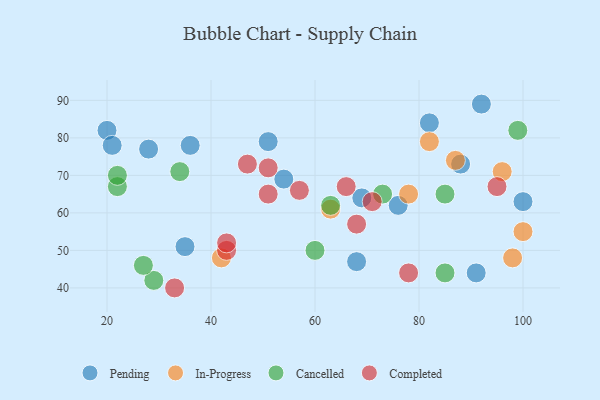
{"axis": {"x": "GDP", "y": "Life Expectancy"}, "legend": ["Cancelled", "Completed", "In-Progress", "Pending"], "data": [{"x": "54", "y": 69, "type": "Pending"}, {"x": "51", "y": 79, "type": "Pending"}, {"x": "36", "y": 78, "type": "Pending"}, {"x": "76", "y": 62, "type": "Pending"}, {"x": "35", "y": 51, "type": "Pending"}, {"x": "91", "y": 44, "type": "Pending"}, {"x": "88", "y": 73, "type": "Pending"}, {"x": "82", "y": 84, "type": "Pending"}, {"x": "69", "y": 64, "type": "Pending"}, {"x": "20", "y": 82, "type": "Pending"}, {"x": "68", "y": 47, "type": "Pending"}, {"x": "100", "y": 63, "type": "Pending"}, {"x": "92", "y": 89, "type": "Pending"}, {"x": "28", "y": 77, "type": "Pending"}, {"x": "21", "y": 78, "type": "Pending"}, {"x": "82", "y": 79, "type": "In-Progress"}, {"x": "96", "y": 71, "type": "In-Progress"}, {"x": "100", "y": 55, "type": "In-Progress"}, {"x": "87", "y": 74, "type": "In-Progress"}, {"x": "63", "y": 61, "type": "In-Progress"}, {"x": "78", "y": 65, "type": "In-Progress"}, {"x": "98", "y": 48, "type": "In-Progress"}, {"x": "42", "y": 48, "type": "In-Progress"}, {"x": "99", "y": 82, "type": "Cancelled"}, {"x": "85", "y": 44, "type": "Cancelled"}, {"x": "29", "y": 42, "type": "Cancelled"}, {"x": "34", "y": 71, "type": "Cancelled"}, {"x": "22", "y": 67, "type": "Cancelled"}, {"x": "60", "y": 50, "type": "Cancelled"}, {"x": "85", "y": 65, "type": "Cancelled"}, {"x": "63", "y": 62, "type": "Cancelled"}, {"x": "27", "y": 46, "type": "Cancelled"}, {"x": "22", "y": 70, "type": "Cancelled"}, {"x": "73", "y": 65, "type": "Cancelled"}, {"x": "51", "y": 72, "type": "Completed"}, {"x": "57", "y": 66, "type": "Completed"}, {"x": "47", "y": 73, "type": "Completed"}, {"x": "95", "y": 67, "type": "Completed"}, {"x": "71", "y": 63, "type": "Completed"}, {"x": "78", "y": 44, "type": "Completed"}, {"x": "33", "y": 40, "type": "Completed"}, {"x": "43", "y": 50, "type": "Completed"}, {"x": "66", "y": 67, "type": "Completed"}, {"x": "68", "y": 57, "type": "Completed"}, {"x": "51", "y": 65, "type": "Completed"}, {"x": "43", "y": 52, "type": "Completed"}]}